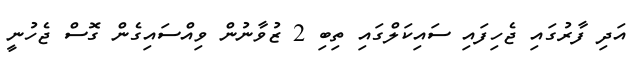
އަދި ފާރުގައި ޖެހިފައި ސައިކަލްގައި ތިބި 2 ޒުވާނުން ވިއްސައިގެން ގޮސް ޖެހުނީ